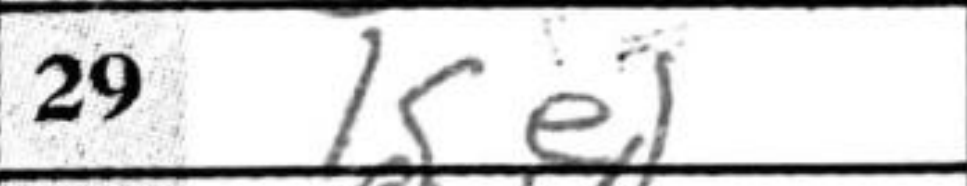
Transcription: Ke1